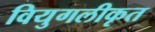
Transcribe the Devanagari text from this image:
वियुगलीकृत